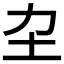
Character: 𡉂